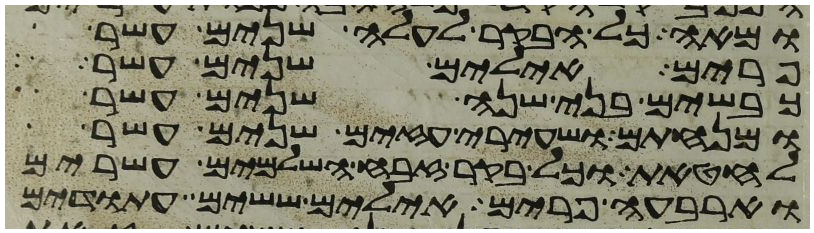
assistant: ומאה כל הבקר לעלה שנים עשר
פרים אילים שנים עשר
כבשים בני שנה שנים עשר
ומנחתם ושעירי עזים שנים עשר
לחטאת וכל בקר זבח השלמים עשרים
וארבעה פרים אילים ששים עתודים